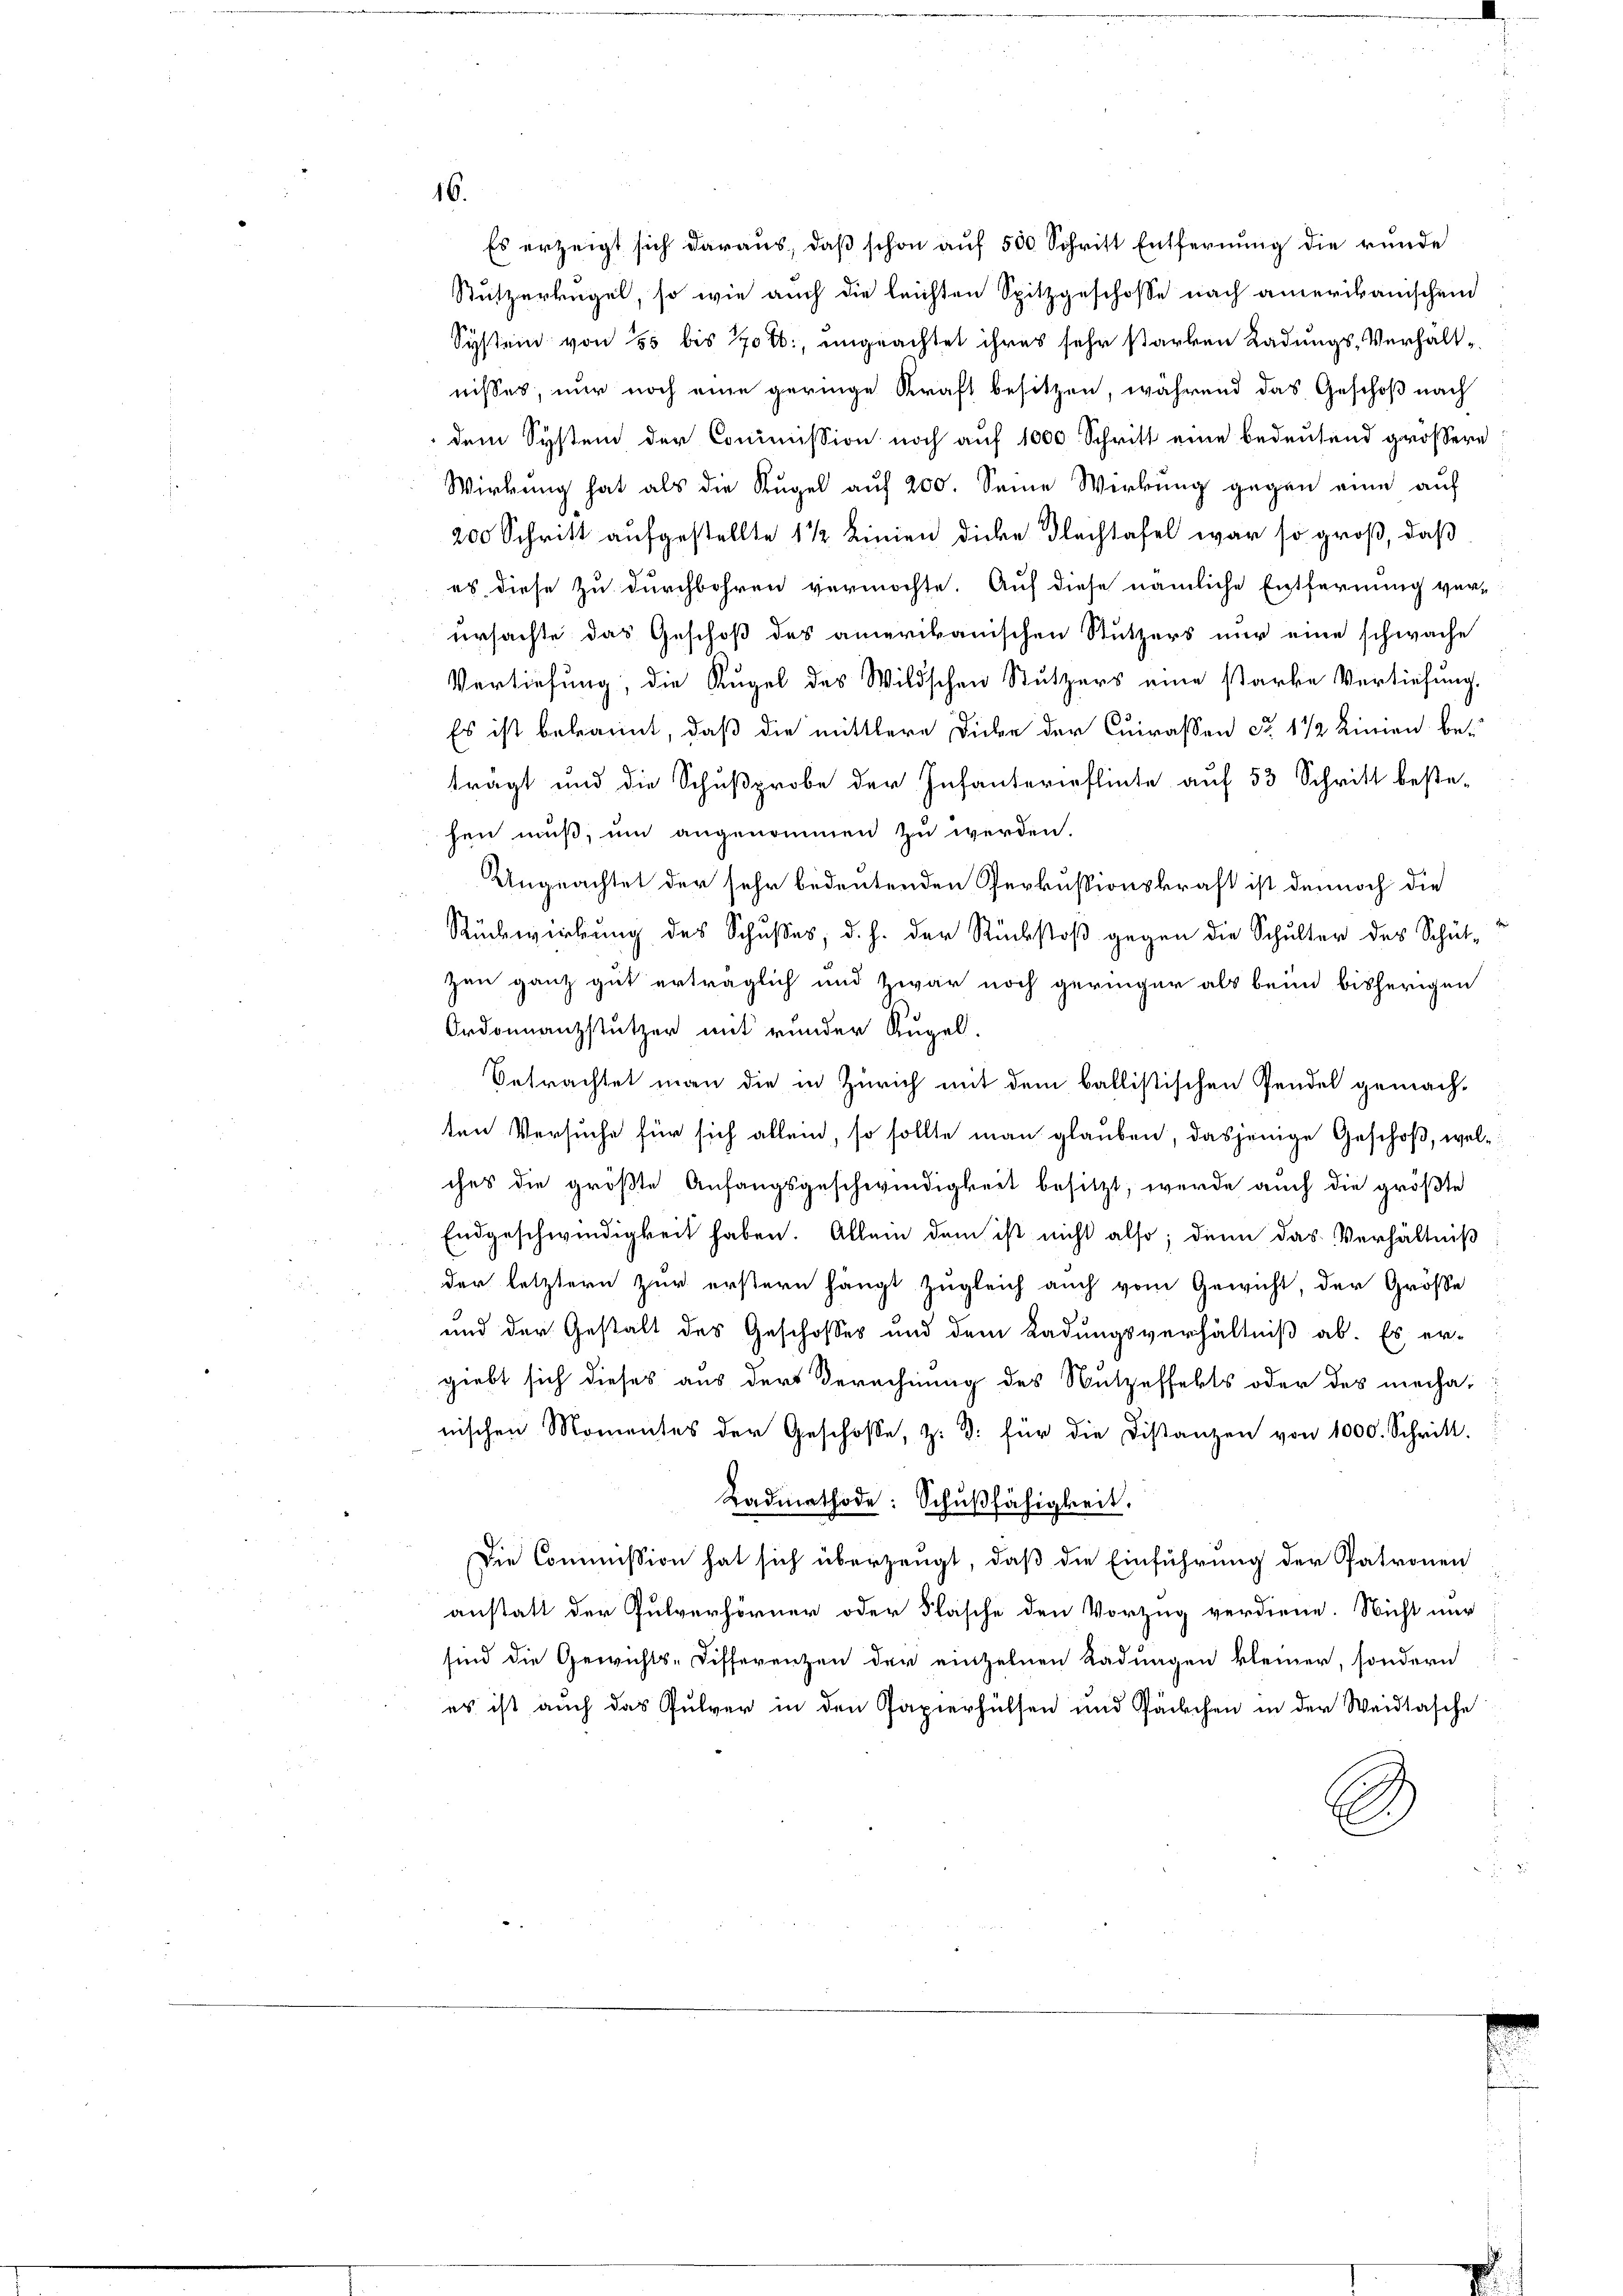
16.
Es erzeigt sich daraus, daß schon auf 500 Schritt Entfernung die runde

Stutzerkugel, so wie auch die leichten Spitzgeschosse nach amerikanischen
System von 50 bis 20t, ungeachtet ihres sehr starben Ladungs-Verhaltnisses, nur noch eine geringe Kraft besitzen, während das Geschoß nach
dem System der Commission noch auf 1000 Schritt eine bedeutend größere
Wirkung hat als die Kugel auf 200. Seine Wirkung gegen eine auf
200 Schritt aufgestellte 1 1/2 Linien dicke Nachtafel war so groß, daß
es diese zu durchbohren vermöchte. Auf diese nämliche Entfernung ver-
ursachte das Geschoß des amerikanischen Stutzers nur eine schwache
Vertiefung, die Kugel des Wildschen Stutzers eine starke Verziehung.
Es ist bekannt, daß die mittlere Dicke der Curassen ca 1 1/2 Linien betragt und die Schußprobe der Infanterieflinte auf 53 Schritt beste-
hen muß, um angenommen zu werden.
Ungeachtet der sehr bedeutenden Perkussionskraft ist dennoch die
Rückwirkung des Schußes, d. h. der Rückstoß gegen die Schulter des Schützen ganz gut erträglich und zwar noch geringer als beim bisherigen
Ordonnanzstützer mit runder Kugel.
Betrachtet man die in Zürich mit dem ballistischen Pendel gemachten Versuche für sich allein, so sollte man glauben, dasjenige Geschoß, welches die größte Anfangsgeschwindigkeit besitzt, werde auch die größte
Endgeschwindigkeit haben. Allein dem ist nicht also, denn das Verhältniß
der letztern Zur erstern hängt zugleich auch vom Gewicht, der Grösse
und der Gestalt des Geschosses und dem Ladungsverhältniß ab. Es ergiebt sich dieses aus der Berechnung des Nutzeffekts oder des mechanischen Momentes der Geschosse, z. B. für die Distanzen von 1000. Schritt.
Radmethode: Schußfähigkeit.
Die Commission hat sich überzeugt, daß die Einführung der Patronen
anstatt der Pulverhörner oder Flasche den Vorzug verdiene. Nicht nur
sind die Gewichts-Differenzen der einzelnen Kadungen kleiner, sondern
es ist auch das Pulver in den Papierhülsen und Pärchen in der Weidtasche
S